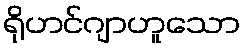
ရိုဟင်ဂျာဟူသော